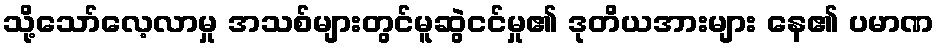
သို့သော်လေ့လာမှု အသစ်များတွင်မူဆွဲငင်မှု၏ ဒုတိယအားများ နေ၏ ပမာဏ